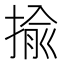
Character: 揄